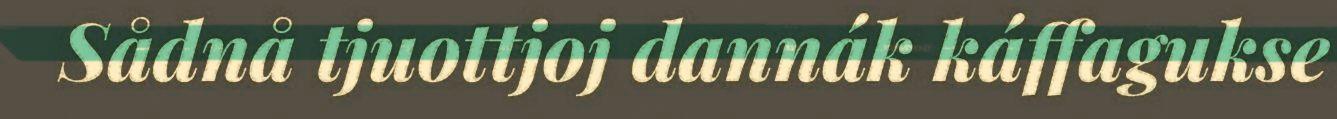
Sådnå tjuottjoj dannák káffagukse